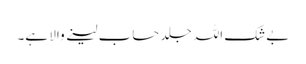
بےشک اللہ جلد حساب لینے والا ہے۔